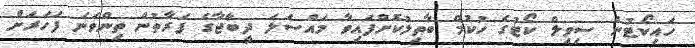
ހައިކޯޓުން ސިވިލް ކޯޓުގެ ހުކުމް ބާތިލުކޮށްފައިވާ މައްސަލަ ދީބާޖާގެ ފަރާތުން ތިންވަނަ ފަހަރަށް